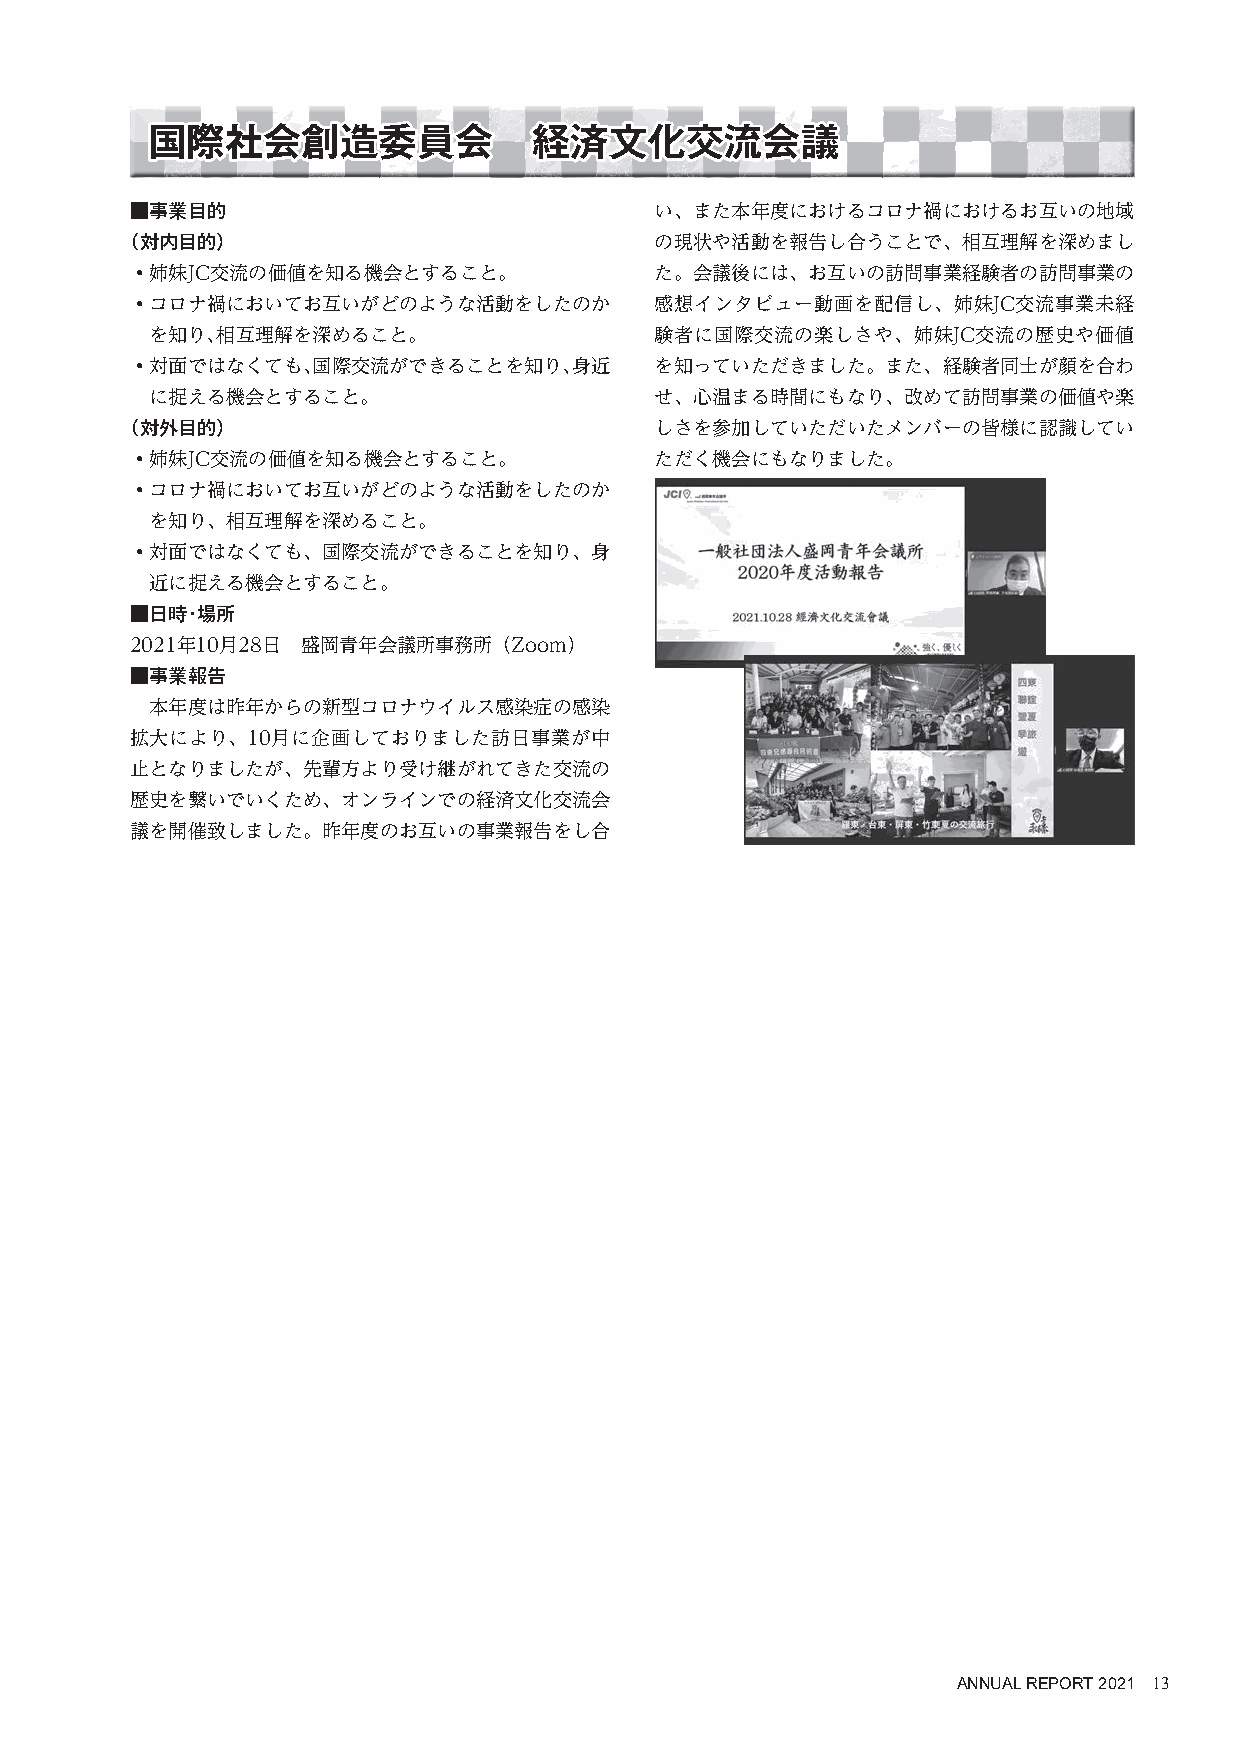
国国際際社社会会創創造造委委員員会会       経経済済文文化化交交流流会会議議
 ■事業目的                             い、また本年度におけるコロナ禍におけるお互いの地域
 （対内目的）                             の現状や活動を報告し合うことで、相互理解を深めまし
 ・姉妹JC交流の価値を知る機会とすること。             た。会議後には、お互いの訪問事業経験者の訪問事業の
 ・コロナ禍においてお互いがどのような活動をしたのか         感想インタビュー動画を配信し、姉妹JC交流事業未経
 を知り、相互理解を深めること。                  験者に国際交流の楽しさや、姉妹JC交流の歴史や価値
 ・対面ではなくても、国際交流ができることを知り、身近        を知っていただきました。また、経験者同士が顔を合わ
 に捉える機会とすること。                     せ、心温まる時間にもなり、改めて訪問事業の価値や楽
 （対外目的）                             しさを参加していただいたメンバーの皆様に認識してい
 ・姉妹JC交流の価値を知る機会とすること。             ただく機会にもなりました。
 ・コロナ禍においてお互いがどのような活動をしたのか
 を知り、相互理解を深めること。
 ・対面ではなくても、国際交流ができることを知り、身
 近に捉える機会とすること。
 ■日時・場所
 2021年10月28日 盛岡青年会議所事務所（Zoom）
 ■事業報告
 本年度は昨年からの新型コロナウイルス感染症の感染
 拡大により、10月に企画しておりました訪日事業が中
 止となりましたが、先輩方より受け継がれてきた交流の
 歴史を繋いでいくため、オンラインでの経済文化交流会
 議を開催致しました。昨年度のお互いの事業報告をし合
 ANNUAL REPORT 2021 13